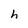
Character: h